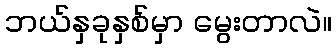
ဘယ်နှခုနှစ်မှာ မွေးတာလဲ။